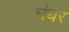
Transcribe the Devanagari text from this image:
घंघर